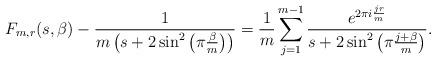
LaTeX: \begin{align*}F_{m,r}(s,\beta) - \frac{1}{m\left(s+2\sin^2\left(\pi\frac{\beta }{m} \right)\right)} =\frac{1}{m}\sum_{j=1}^{m-1} \frac{e^{2\pi i \frac{jr}{m}}}{s+2\sin^2\left(\pi\frac{j+\beta}{m} \right)}.\end{align*}